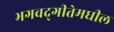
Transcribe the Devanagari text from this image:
भगवद्‍गीतेमधील